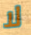
لا